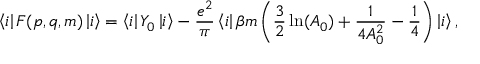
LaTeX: \left\langle i \right| F ( p , q , m ) \left| i \right\rangle = \left\langle i \right| Y _ { 0 } \left| i \right\rangle - \frac { e ^ { 2 } } { \pi } \left\langle i \right| \beta m \left( \frac 3 2 \ln ( A _ { 0 } ) + \frac 1 { 4 A _ { 0 } ^ { 2 } } - \frac 1 4 \right) \left| { i } \right\rangle ,